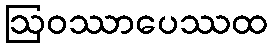
ဩဝဿာပေဿထ